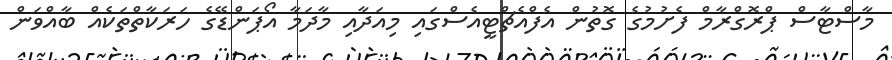
މާސްޓާސް ޕްރޮގްރާމް ފެށުމުގެ ގޮތުން އެފްއެޗްޓީއެސްގައި މިއަދާއި މާދަމާ އޯޕަންޑޭގެ ހަރަކާތްތަކެއް ބާއްވަން